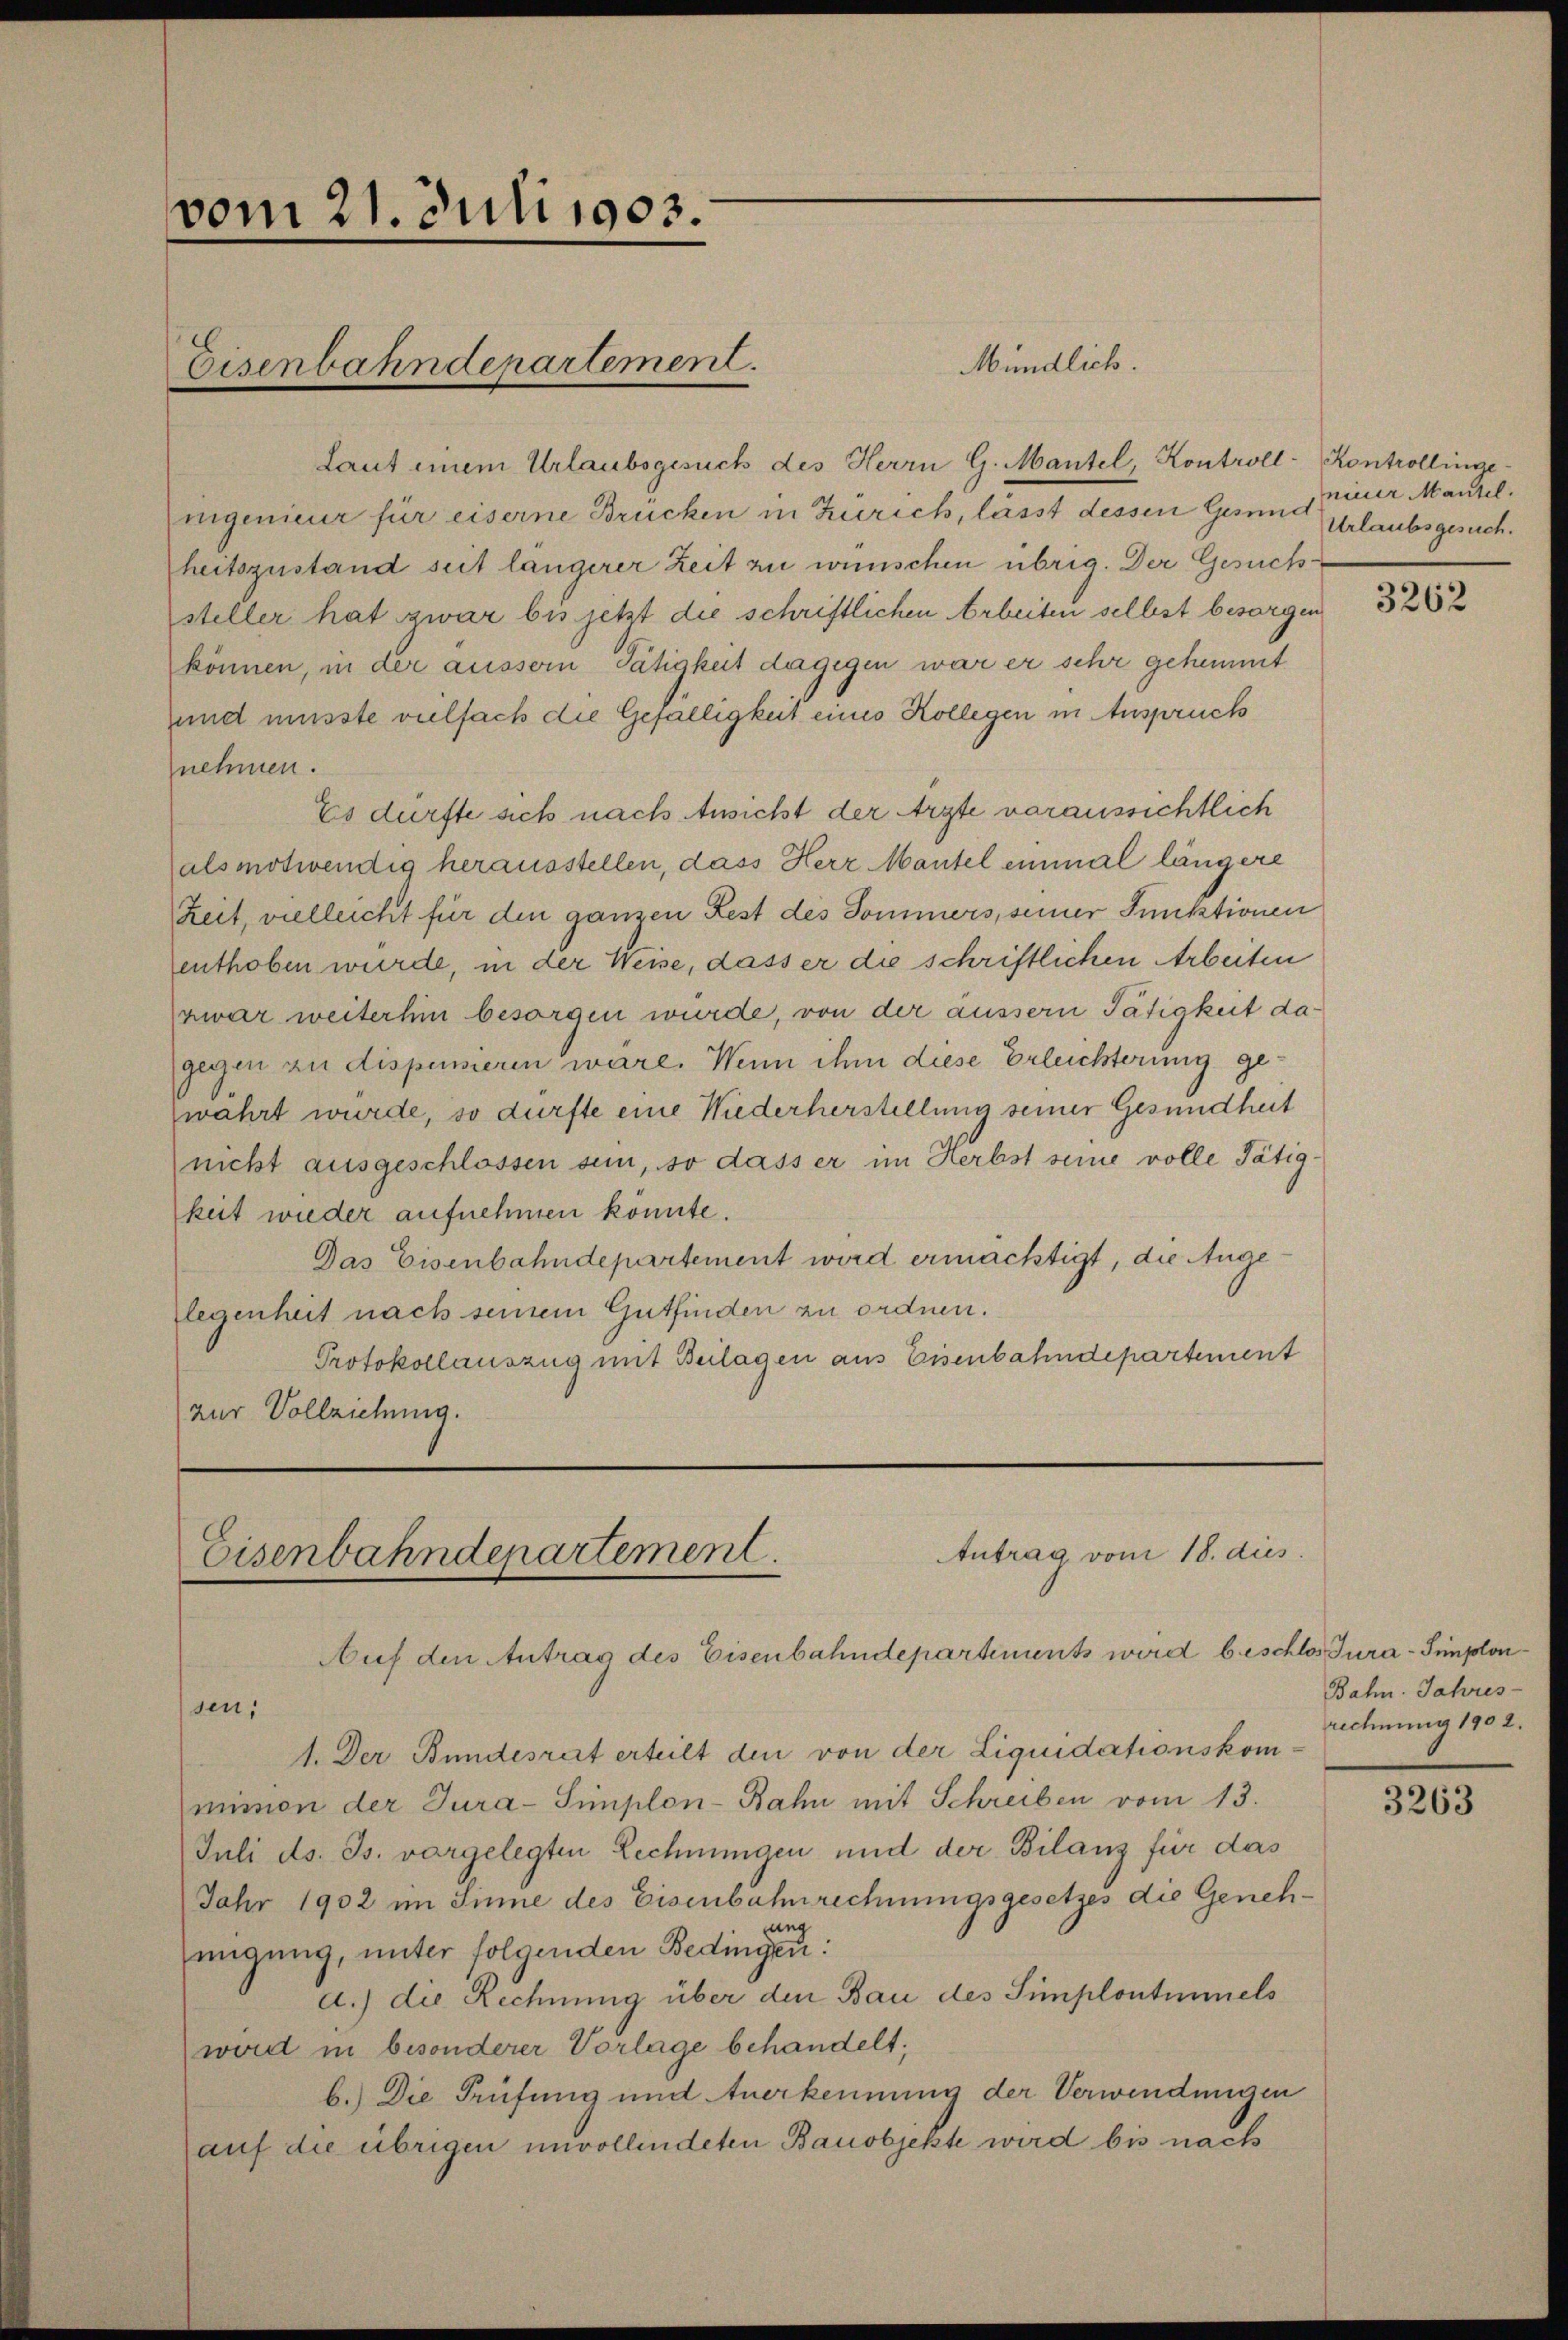
vom 21. Juli 1903.

Eisenbahndepartement.

Laut einem Urlaubsgesuch des Herrn G. Mantel, Kontroll-Kontrollinge-
nigenieur für eiserne Brücken in Zürich, lässt dessen Gesund Urlaubsgesuchheitszustand seit längerer Zeit zu wünschen übrig. Der Gesuch
steller hat zwar bis jetzt die schriftlichen Arbeiten selbst besorgen
können, in der aussern Tätigkeit dagegen war er sehr gehemmt
und müsste vielfach die Gefälligkeit eines Kollegen in Anspruch
nehmen.
Es dürfte sich nach Ansicht der Arzte voraussichtlich
alsmotwendig herausstellen, dass Herr Mantel einmal längere
Zeit, vielleicht für den ganzen Fest des Sommers, seiner Funktionen
enthoben wurde, in der Weise, dass er die schriftlichen Arbeiten
zwar weiterhin besorgen würde, von der äussern Tätigkeit dagegen zu dispensieren wäre. Wenn ihm diese Erleichterung gewahrt wurde, so dürfte eine Wiederherstellung seiner Gesundheit
nicht ausgeschlossen sein, so dass er im Herbst seine volle Tätigkeit wieder aufnehmen könnte.
Das Eisenbahndepartement wird ermächtigt, die Angelegenheit nach seinem Gutfinden zu ordnen.
Protokollauszug mit Beilagen aus Eisenbahndepartement
zur Vollziehung.

Mündlich.

Antrag vom 18. dies
Eisenbahndepartement.
Auf den Antrag des Eisenbahndepartements wird beschlos Jura - Simplon¬

sen,
1. Der Bundesrat erteilt den von der Liquidationskommimon der Tura-Simplon-Bahn mit Schreiben vom 13.
Juli d. Js. vorgelegten Lechnungen und der Bilanz für das
Jahr 1902 im Sinne des Eisenbahnrechnungsgesetzes die Genehung
migung, unter folgenden Bedingen:
d.) die Rechnung über den Bau des Simplontimmels
wird in besonderer Vorlage behandelt;
b.) Die Prüfung und Anerkennung der Verwendungen
auf die übrigen unvollindeten Bauobjekte wird bis nach

niuer Mantel.

3262

Bahn. Jahres-
rechnung 1902.

3263